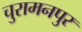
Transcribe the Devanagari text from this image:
चुरामनपुर